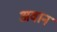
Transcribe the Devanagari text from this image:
अवान